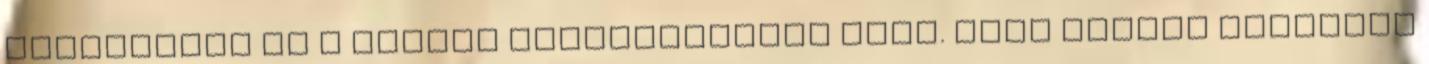
módszernek és a szülői hozzáállásnak hála. Dóra tavaly májusban